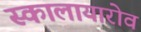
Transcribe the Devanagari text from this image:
स्कालायारोव